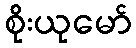
စိုးယုမော်